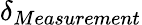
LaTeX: \delta_{Measurement}